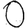
Digit: 0